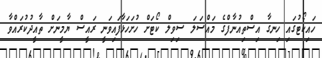
ހައިކޯޓުގައި ހިނގާ އިސްތިއުނާފްގެ މައްސަަލަ ސިވިލް ކޯޓަށް ހުށަހަޅާފައިވަނީ ރައީސް ޔާމީނަށް ތާއީދުކުރައްވާ